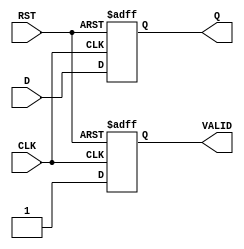
module OutputRegister #(
    parameter WIDTH = 8  // Parameter for data width, default is 8 bits
)(
    input wire [WIDTH-1:0] D,     // Data input
    input wire CLK,                 // Clock input
    input wire RST,                 // Reset input
    output reg [WIDTH-1:0] Q,      // Data output
    output reg VALID                // Output valid signal
);

// Synchronous reset
always @(posedge CLK or posedge RST) begin
    if (RST) begin
        Q <= {WIDTH{1'b0}};         // Clear output to 0
        VALID <= 1'b0;              // Set VALID to low when reset
    end else begin
        Q <= D;                     // Capture the data input
        VALID <= 1'b1;              // Set VALID to high when data is captured
    end
end

endmodule